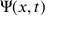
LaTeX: \Psi ( x , t )